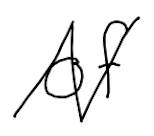
Text: of
Cross-out: zig-zag
Writing tool: digital_black